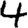
Digit: 4